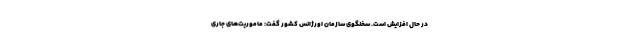
در حال افزایش است. سخنگوی سازمان اورژانس کشور گفت: ماموریت‌های جاری